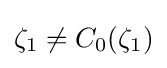
\zeta _{1}\neq C_{0}(\zeta _{1})